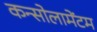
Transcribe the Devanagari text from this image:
कन्सोलामेंटम